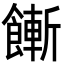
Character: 𩞏